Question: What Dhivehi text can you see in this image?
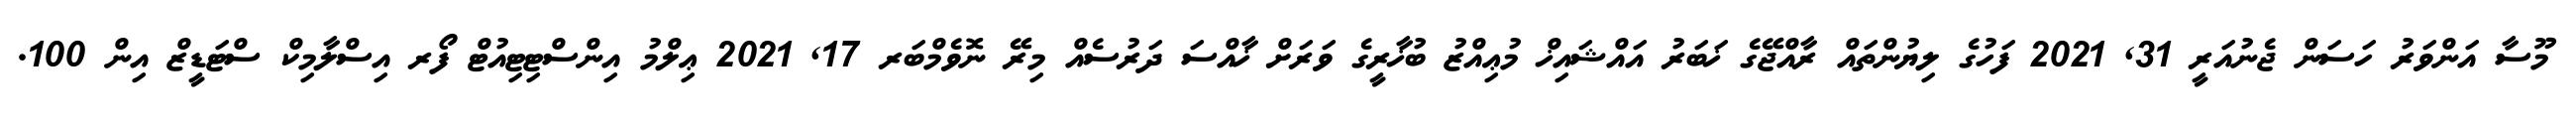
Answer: މޫސާ އަންވަރު ހަސަން ޖެނުއަރީ 31, 2021 ފަހުގެ ލިޔުންތައް ރާއްޖޭގެ ޚަބަރު އައްޝައިޚް މުޢިއްޒު ބުޚާރީގެ ވަރަށް ޚާއްސަ ދަރުސެއް މިރޭ ނޮވެމްބަރ 17, 2021 ޢިލްމު އިންސްޓިޓިއުޓް ފޯރ އިސްލާމިކް ސްޓަޑީޒް އިން 100.